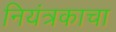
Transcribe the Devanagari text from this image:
नियंत्रकाचा